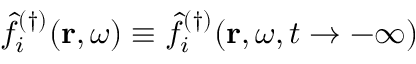
\hat { f } _ { i } ^ { ( \dagger ) } ( \mathbf { r } , \omega ) \equiv \hat { f } _ { i } ^ { ( \dagger ) } ( \mathbf { r } , \omega , t \rightarrow - \infty )